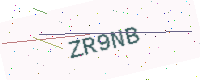
Text: ZR9NB